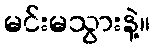
မင်းမသွားနဲ့။